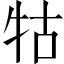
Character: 牯